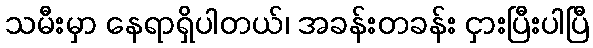
သမီးမှာ နေရာရှိပါတယ်၊ အခန်းတခန်း ငှားပြီးပါပြီ